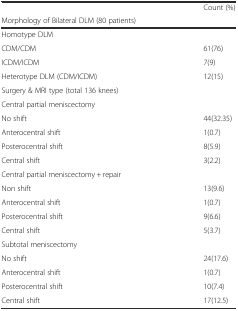
|  | Count (%) |
 | Morphology of Bilateral DLM (80 patients) |  |
 | --- | --- |
 | Homotype DLM |  |
 | CDM/CDM | 61(76) |
 | ICDM/ICDM | 7(9) |
 | Heterotype DLM (CDM/ICDM) | 12(15) |
 | Surgery & MRI type (total 136 knees) |  |
 | Central partial meniscectomy |  |
 | No shift | 44(32.35) |
 | Anterocentral shift | 1(0.7) |
 | Posterocentral shift | 8(5.9) |
 | Central shift | 3(2.2) |
 | Central partial meniscectomy + repair |  |
 | Non shift | 13(9.6) |
 | Anterocentral shift | 1(0.7) |
 | Posterocentral shift | 9(6.6) |
 | Central shift | 5(3.7) |
 | Subtotal meniscectomy |  |
 | No shift | 24(17.6) |
 | Anterocentral shift | 1(0.7) |
 | Posterocentral shift | 10(7.4) |
 | Central shift | 17(12.5) |